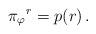
LaTeX: \begin{align*}\pi {_{\varphi }}{^{r}}=p(r)\,. \end{align*}